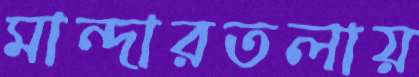
মান্দারতলায়